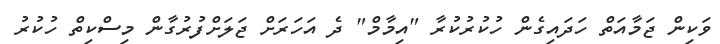
ވަކިން ޖަމާއަތް ހަދައިގެން ހުކުރުކުރާ "އިމާމް" ދެ އަހަރަށް ޖަލަށްފުރުގާން މިސްކިތް ހުކުރު